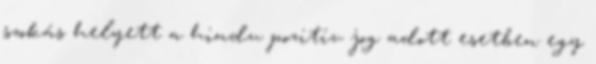
szokás helyett a hindu pozitív jog adott esetben egy